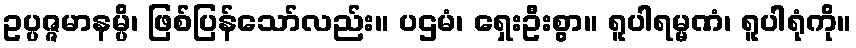
ဥပ္ပဇ္ဇမာနမ္ပိ၊ ဖြစ်ပြန်သော်လည်း။ ပဌမံ၊ ရှေးဦးစွာ။ ရူပါရမ္မဏံ၊ ရူပါရုံကို။